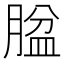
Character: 𱼐